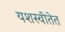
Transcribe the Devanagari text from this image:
यशस्वीतेत